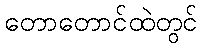
တောတောင်ထဲတွင်